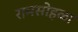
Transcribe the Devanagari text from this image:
रामसोहळा